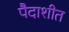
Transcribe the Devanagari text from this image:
पैदाशीत